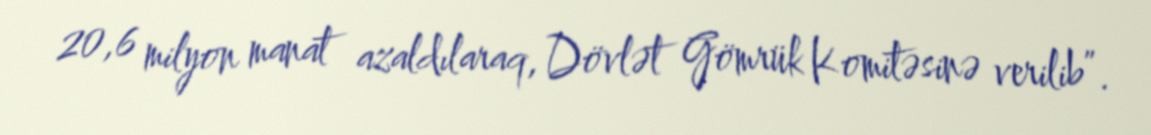
20,6 milyon manat azaldılaraq, Dövlət Gömrük Komitəsinə verilib”.